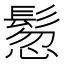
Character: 𩭳